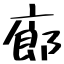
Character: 廊